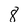
Character: 8